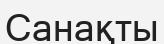
Санақты